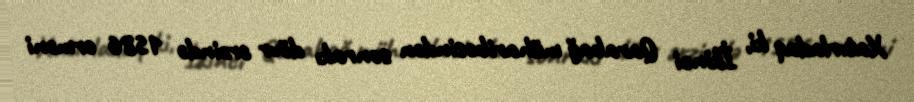
Xatırladaq ki, İkinci Qarabağ müharibəsindən sonrakı dövr ərzində 1586 erməni